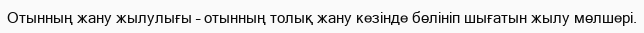
Отынның жану жылулығы – отынның толық жану кезінде бөлініп шығатын жылу мөлшері.